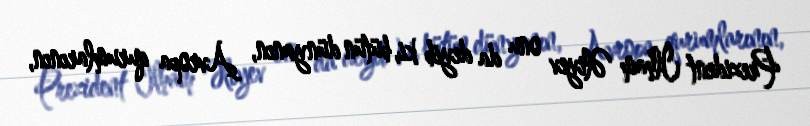
Prezident İlham Əliyev onu da deyib ki, bütün dünyanın, Avropa qurumlarının,